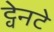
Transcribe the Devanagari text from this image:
ट्वेनटे